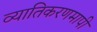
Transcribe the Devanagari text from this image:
व्यातिकरणमापी